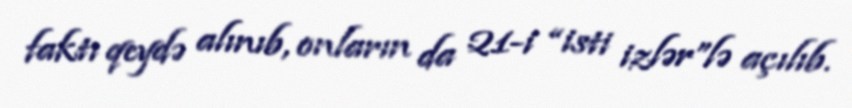
faktı qeydə alınıb, onların da 21-i “isti izlər”lə açılıb.